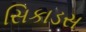
સિકાડસ